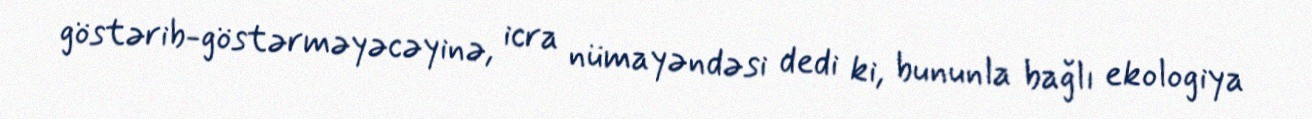
göstərib-göstərməyəcəyinə, icra nümayəndəsi dedi ki, bununla bağlı ekologiya